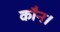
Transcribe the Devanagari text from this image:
कौन।